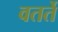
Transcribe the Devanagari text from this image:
वतर्ते